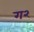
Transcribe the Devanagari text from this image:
ग२